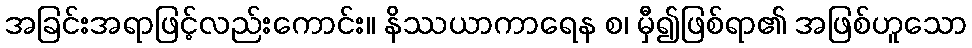
အခြင်းအရာဖြင့်လည်းကောင်း။ နိဿယာကာရေန စ၊ မှီ၍ဖြစ်ရာ၏ အဖြစ်ဟူသော